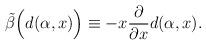
LaTeX: \begin{align*}\tilde\beta\Big(d(\alpha,x)\Big) \equiv- x\frac{\partial}{\partial x} d(\alpha,x).\end{align*}